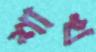
শাখ